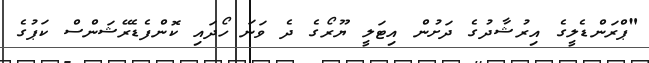
"ޕްރަންޑެލީގެ އިރުޝާދުގެ ދަށުން އިޓަލީ ޔޫރޯގެ ދެ ވަނަ ހޯދައި ކޮންފެޑެރޭޝަންސް ކަޕުގެ